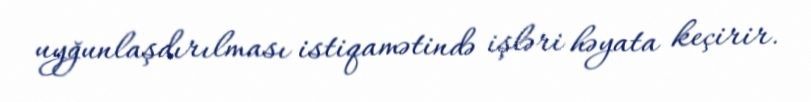
uyğunlaşdırılması istiqamətində işləri həyata keçirir.